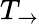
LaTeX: T_{\rightarrow}